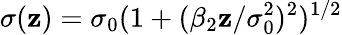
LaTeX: \sigma(\mathbf{z})=\sigma_{0}(1+(\beta_{2}\mathbf{z}/\sigma_{0}^{2})^{2})^{1/2}